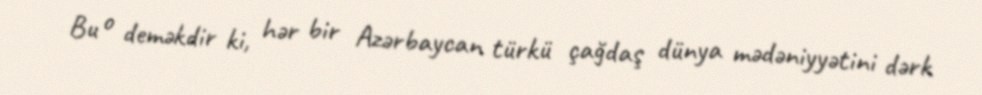
Bu o deməkdir ki, hər bir Azərbaycan türkü çağdaş dünya mədəniyyətini dərk